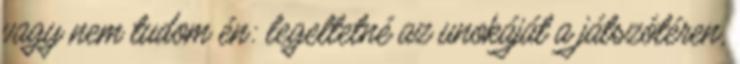
vagy nem tudom én: legeltetné az unokáját a játszótéren,